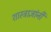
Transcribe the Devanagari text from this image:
शास्त्राज्ञांनी